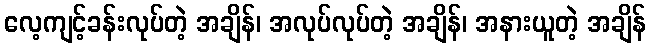
လေ့ကျင့်ခန်းလုပ်တဲ့ အချိန်၊ အလုပ်လုပ်တဲ့ အချိန်၊ အနားယူတဲ့ အချိန်